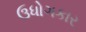
ઉધોગકાર